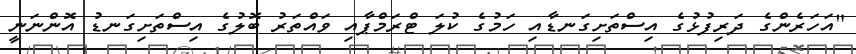
"އަހަރެންގެ ދަރިފުޅުގެ އިސްތަށިގަނޑާއި ހަމުގެ ކުލަ ޓްރަމްޕާއި ވައްތަރު ބޮލުގެ އިސްތަށިގަނޑު އޮންނަނީ